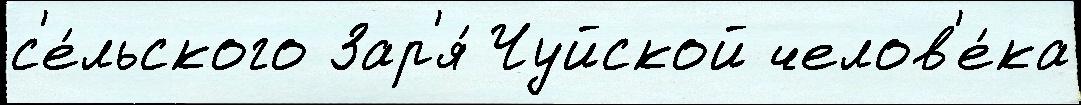
с'е́льского Зар'я́ Чуйской челов'е́ка